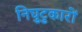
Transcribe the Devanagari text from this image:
निघुटुकारों